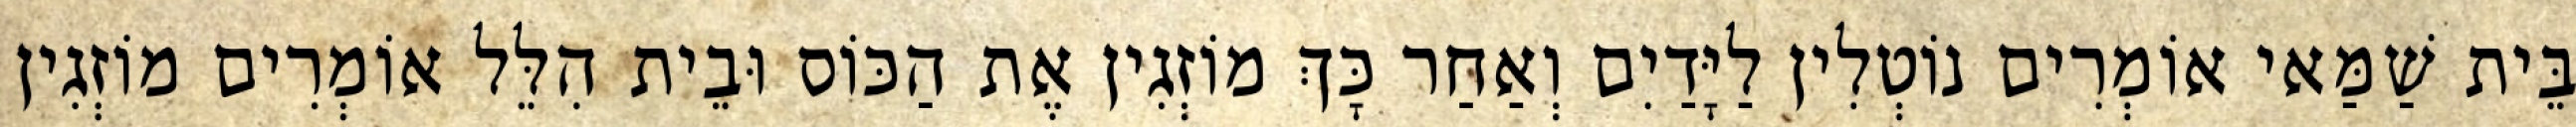
בֵּית שַׁמַּאי אוֹמְרִים נוֹטְלִין לַיָּדַיִם וְאַחַר כָּךְ מוֹזְגִין אֶת הַכּוֹס וּבֵית הִלֵּל אוֹמְרִים מוֹזְגִין